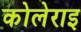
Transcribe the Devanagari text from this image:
कोलेराइ